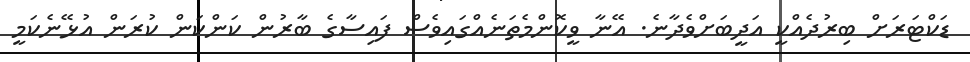
ޑަކްޓަރަށް ބިރުދެއްކީ އަދީބަށްވެދާނެ. އޭނާ ވީކޮންމެތަނެއްގައިވެސް ފައިސާގެ ބާރުން ކަންކަން ކުރަން އުޅޭނެކަމީ